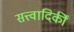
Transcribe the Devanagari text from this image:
सत्त्वादिकीं